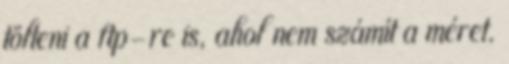
tölteni a ftp-re is, ahol nem számít a méret.